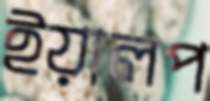
ইয়ালপ